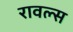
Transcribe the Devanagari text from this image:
रावल्स